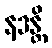
နဒန္တိ